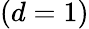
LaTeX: (d=1)